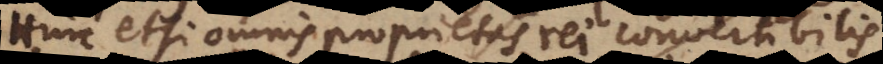
Hinc etsi omnis proprietas rei convertibilis